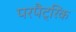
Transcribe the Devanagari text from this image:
परपैट्रिक